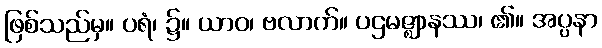
ဖြစ်သည်မှ။ ပရံ၊ ၌။ ယာဝ၊ ဗလာက်။ ပဌမဇ္ဈာနဿ၊ ၏။ အပ္ပနာ